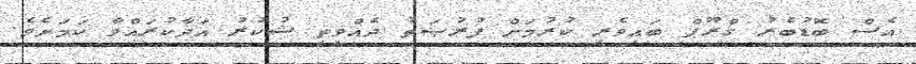
އެސް ބޮޑުބެރު ގްރޫޕް ބައިވެރި ކުރުމަށް ފުރުޞަތު ދެއްވީތީ ޝުކުރު އަދާކުރައްވާ ކަމަށެވެ.